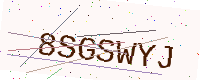
Text: 8SGSWYJ